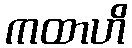
ကထာဟိ